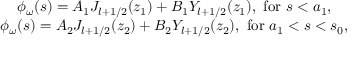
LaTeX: \begin{array} { c } { { \phi _ { \omega } ( s ) = A _ { 1 } { \cal J } _ { l + 1 / 2 } ( z _ { 1 } ) + B _ { 1 } { \cal Y } _ { l + 1 / 2 } ( z _ { 1 } ) , \mathrm { \ f o r \ } s < a _ { 1 } , } } \\ { { \phi _ { \omega } ( s ) = A _ { 2 } { \cal J } _ { l + 1 / 2 } ( z _ { 2 } ) + B _ { 2 } { \cal Y } _ { l + 1 / 2 } ( z _ { 2 } ) , \mathrm { \ f o r \ } a _ { 1 } < s < s _ { 0 } , } } \end{array}